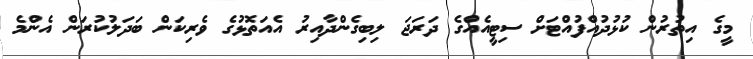
މީގެ އިތުރުން ކުޅުދުއްފުއްޓަށް ސިޓީއެއްގެ ދަރަޖަ ލިބިގެންދާއިރު އެއަތޮޅުގެ ވެރިކަން ބަދަލުކުރަން އެންމެ